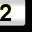
Digit: 2